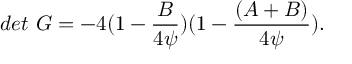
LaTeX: d e t \ G = - 4 ( 1 - { \frac { B } { 4 \psi } } ) ( 1 - { \frac { ( A + B ) } { 4 \psi } } ) .